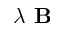
\lambda \textbf { B }